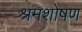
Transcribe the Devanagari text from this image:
श्रमशोषण